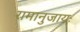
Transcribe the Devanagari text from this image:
रामानुजायः